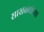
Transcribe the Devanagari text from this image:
साखळ्यांच्या